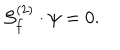
LaTeX: { \cal S } _ { f } ^ { ( 2 ) } \cdot \psi = 0 .